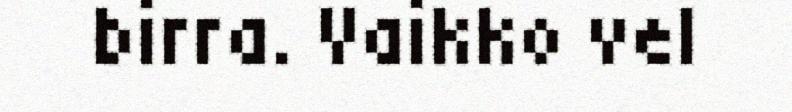
birra. Vaikko vel